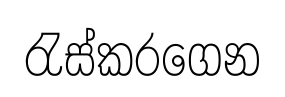
රැස්කරගෙන